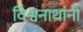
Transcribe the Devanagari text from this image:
विश्वनाथांनी